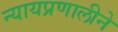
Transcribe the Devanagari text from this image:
न्यायप्रणालीने